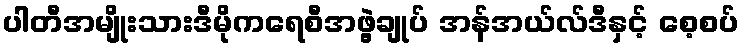
ပါတီအမျိုးသားဒီမိုကရေစီအဖွဲ့ချုပ် အန်အယ်လ်ဒီနှင့် စေ့စပ်